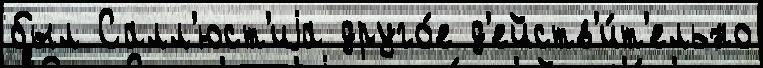
был Салл'юст'иjа друго́е д'ейств'и́т'ельно